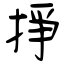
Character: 掙